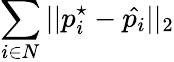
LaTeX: \sum_{i\in N}{||p_{i}^{\star}-\hat{p_{i}}||_{2}}